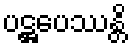
ပဋ္ဌပေဿန္တိ